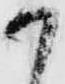
か